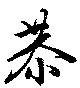
恭